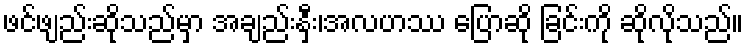
ဖင်ဖျည်းဆိုသည်မှာ အချည်းနှီး၊အလဟဿ ပြောဆို ခြင်းကို ဆိုလိုသည်။